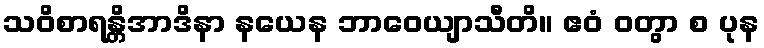
သဝိစာရန္တိအာဒိနာ နယေန ဘာဝေယျာသီတိ။ ဧဝံ ဝတွာ စ ပုန